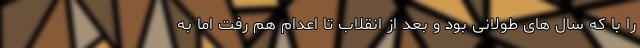
را با که سال های طولانی بود و بعد از انقلاب تا اعدام هم رفت اما به